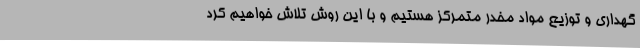
گهداری و توزیع مواد مخدر متمرکز هستیم و با این روش تلاش خواهیم کرد